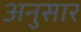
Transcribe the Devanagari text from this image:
अनुसार